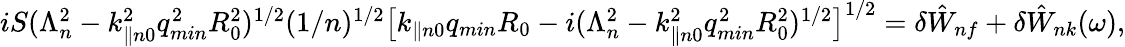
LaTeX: \begin{array}{r}{iS(\Lambda_{n}^{2}-k_{\parallel n0}^{2}q_{min}^{2}R_{0}^{2})^{1/2}(1/n)^{1/2}\big[k_{\parallel n0}q_{min}R_{0}-i(\Lambda_{n}^{2}-k_{\parallel n0}^{2}q_{min}^{2}R_{0}^{2})^{1/2}\big]^{1/2}=\delta{\hat{W}}_{nf}+\delta{\hat{W}}_{nk}(\omega),}\end{array}